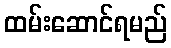
ထမ်းဆောင်ရမည်